Leaving Certificate Examination, 1919
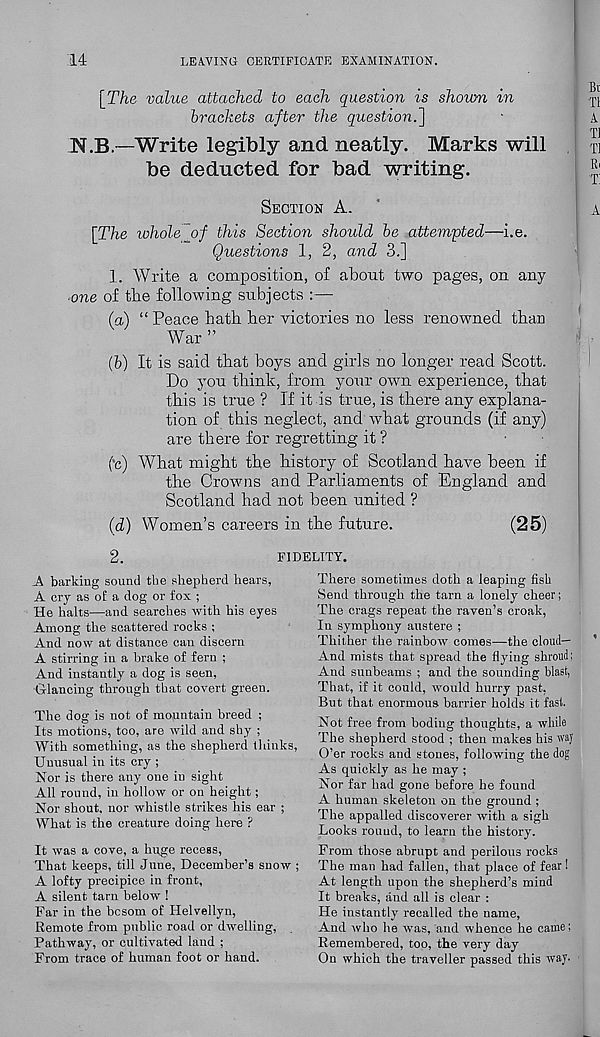
14
LEAVING CERTIFICATE EXAMINATION.
\_The value attached to each question is shown in
brackets after the question.']
N.B.—Write legibly and neatly. Marks will
be deducted for bad writing.
SECTION A.
[The whole of this Section should be attempted—i.e.
Questions 1, 2, and 3.]
1. Write a composition, of about two pages, on any
■ one of the following subjects :—
(a) “ Peace hath her victories no less renowned than
War ”
(b) It is said that boys and girls no longer read Scott.
Do you think, from your own experience, that
this is true ? If it is true, is there any explana-
tion of this neglect, and what grounds (if any)
are there for regretting it ?
('c) What might the history of Scotland have been if
the Crowns and Parliaments of England and
Scotland had not been united ?
(d) Women’s careers in the future.
(25)
FIDELITY.
2.
A barking sound the shepherd hears,
A cry as of a dog or fox ;
He halts—and searches with his eyes
Among the scattered rocks ;
And now at distance can discern
A stirring in a brake of fern ;
And instantly a dog is seen,
Glancing through that covert green.
The dog is not of mountain breed ;
Its motions, too, are wild and shy ;
With something, as the shepherd thinks,
Unusual in its cry ;
Nor is there any one in sight
All round, in hollow or on height;
Nor shout, nor whistle strikes his ear ;
What is the creature doing here P
It was a cove, a huge recess,
That keeps, till June, December’s snow ;
A lofty precipice in front,
A silent tarn below !
Far in the besom of Helvellyn,
Remote from public road or dwelling,
Pathway, or cultivated land ;
From trace of human foot or hand.
There sometimes doth a leaping fish
Send through the tarn a lonely cheer;
The crags repeat the raven’s croak,
In symphony austere ;
Thither the rainbow comes—the cloud—
And mists that spread the flying shroud;
And sunbeams ; and the sounding blast,
That, if it could, would hurry past,
But that enormous barrier holds it fast.
Not free from boding thoughts, a while
The shepherd stood ; then makes his way
O’er rocks and stones, following the dog
As quickly as he may ;
Nor far had gone before he found
A human skeleton on the ground ;
The appalled discoverer with a sigh
Looks round, to learn the history.
From those abrupt and perilous rocks
The man had fallen, that place of fear!
At length upon the shepherd’s mind
It breaks, and all is clear :
He instantly recalled the name,
And who he was, and whence he came;
Remembered, too, the very day
On which the traveller passed this way.